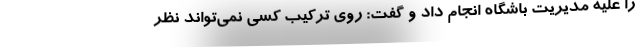
را علیه مدیریت باشگاه انجام داد و گفت: روی ترکیب کسی نمی‌تواند نظر